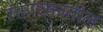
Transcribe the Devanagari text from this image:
रक्तारक्तातील